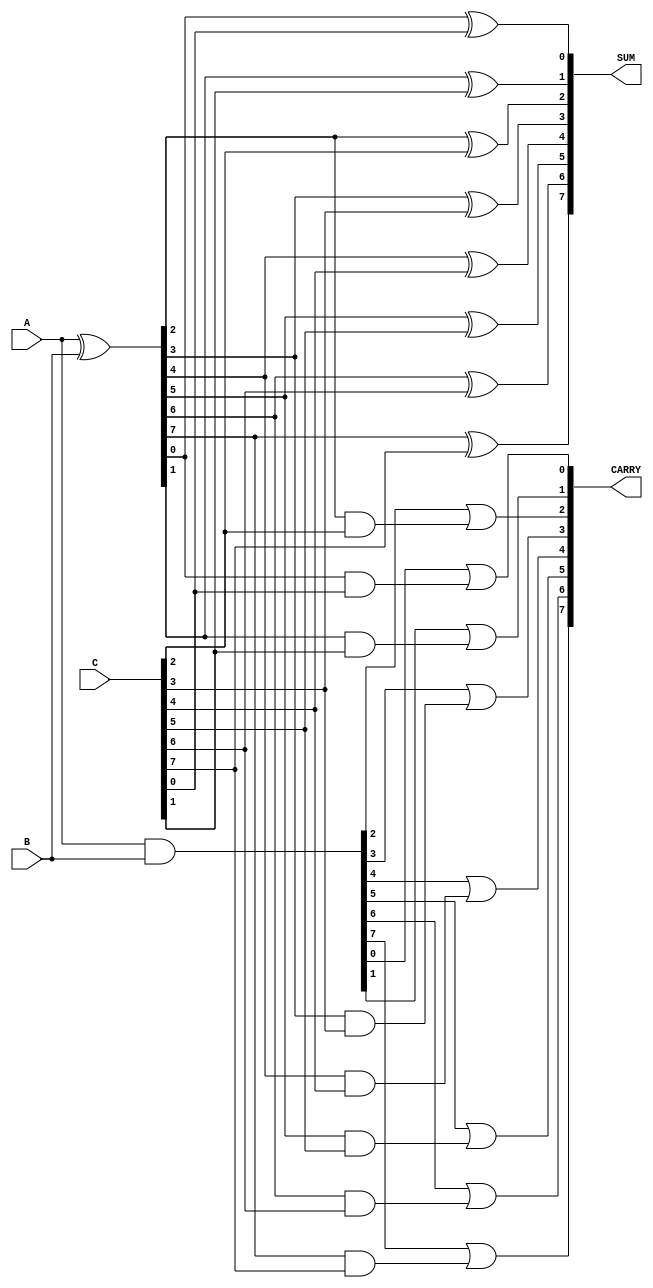
module DynamicCarrySaveAdder #(parameter WIDTH = 8, parameter NUM_INPUTS = 3) (
    input [WIDTH-1:0] A,
    input [WIDTH-1:0] B,
    input [WIDTH-1:0] C,
    output [WIDTH-1:0] SUM,
    output [WIDTH-1:0] CARRY
);
    // Intermediate carry and sum signals
    wire [WIDTH-1:0] sum_temp [0:NUM_INPUTS-1];
    wire [WIDTH-1:0] carry_temp [0:NUM_INPUTS-1];

    // Initialize the first inputs
    assign sum_temp[0] = A ^ B; // Initial sum of A and B
    assign carry_temp[0] = A & B; // Initial carry of A and B

    // Add the third input (C) to the previous results
    generate
        genvar i;
        for (i = 0; i < WIDTH; i = i + 1) begin : CSA
            assign sum_temp[1][i] = sum_temp[0][i] ^ C[i]; // Sum with C
            assign carry_temp[1][i] = carry_temp[0][i] | (sum_temp[0][i] & C[i]); // Carry logic
        end
    endgenerate

    // Final output assignment
    assign SUM = sum_temp[1];
    assign CARRY = carry_temp[1];

endmodule